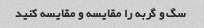
سگ و گربه را مقایسه و مقایسه کنید